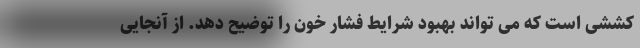
کششی است که می تواند بهبود شرایط فشار خون را توضیح دهد. از آنجایی